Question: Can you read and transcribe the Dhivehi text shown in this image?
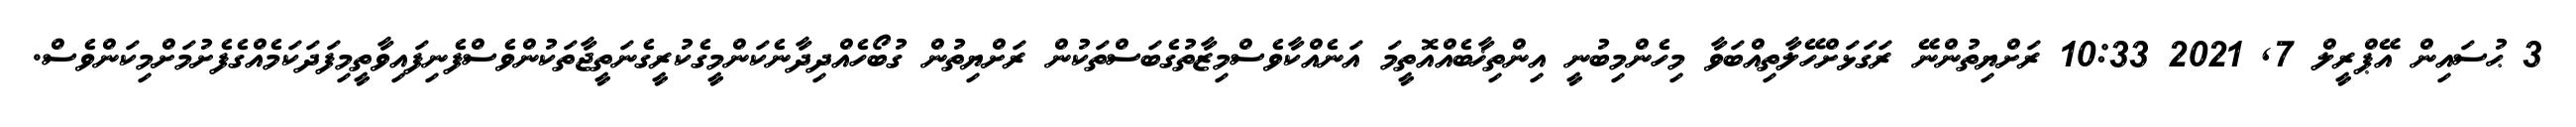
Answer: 3 ޙުސައިން އޭޕްރީލް 7, 2021 10:33 ރަށްޔިތުންނޭ ރަގަޅަށްހޭލާތިއްބަވާ މިހެންމިބުނީ އިންތިޚާބެއްއޮތީމަ އަނެއްކާވެސްމިޒާތުގެބަސްތަކުން ރަށްޔިތުން ގުބޯހެއްދިދާނެކަންމީގެކުރީގެނަތީޖާތަކުންވެސްފެނިފައިވާތީމިފަދަކަމެއްގެފެށުމަށްމިކަންވެސް.